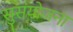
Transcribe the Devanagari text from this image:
सुसंयोजना